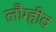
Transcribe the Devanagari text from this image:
लौग्हीद